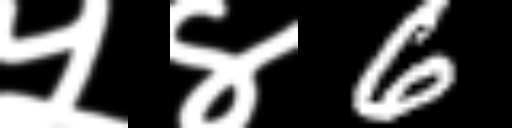
Text: ५४6